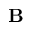
{ \bf B }